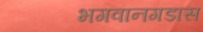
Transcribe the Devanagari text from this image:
भगवानगडास